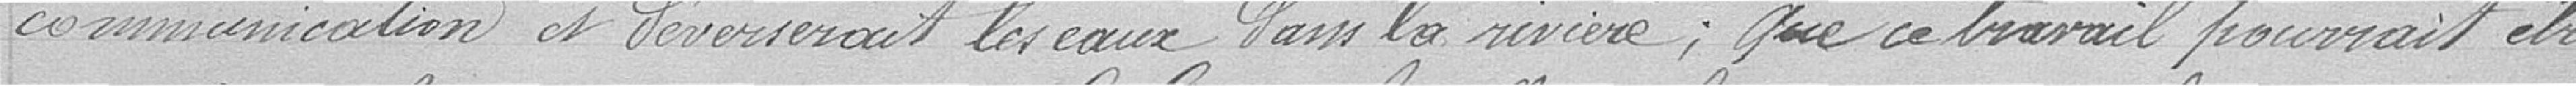
communication et déverserait les eau dans la rivière ; que ce travail pourrait être